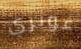
غوثري